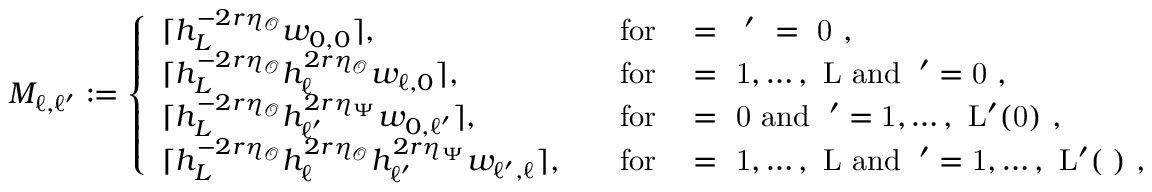
M _ { \ell , \ell ^ { \prime } } : = \left\{ \begin{array} { l l } { \lceil h _ { L } ^ { - 2 r \eta _ { \mathcal { O } } } w _ { 0 , 0 } \rceil , \quad \quad } & { \mathrm { f o r ~ \ell ~ = ~ \ell ' ~ = ~ 0 ~ , } } \\ { \lceil h _ { L } ^ { - 2 r \eta _ { \mathcal { O } } } h _ { \ell } ^ { 2 r \eta _ { \mathcal { O } } } w _ { \ell , 0 } \rceil , \quad } & { \mathrm { f o r ~ \ell ~ = ~ 1 , \dots , ~ L ~ a n d ~ \ell ' = 0 ~ , } } \\ { \lceil h _ { L } ^ { - 2 r \eta _ { \mathcal { O } } } h _ { \ell ^ { \prime } } ^ { 2 r \eta _ { \Psi } } w _ { 0 , \ell ^ { \prime } } \rceil , \quad } & { \mathrm { f o r ~ \ell ~ = ~ 0 ~ a n d ~ \ell ' = 1 , \dots , ~ L ' ( 0 ) ~ , } } \\ { \lceil h _ { L } ^ { - 2 r \eta _ { \mathcal { O } } } h _ { \ell } ^ { 2 r \eta _ { \mathcal { O } } } h _ { \ell ^ { \prime } } ^ { 2 r \eta _ { \Psi } } w _ { \ell ^ { \prime } , \ell } \rceil , \quad } & { \mathrm { f o r ~ \ell ~ = ~ 1 , \dots , ~ L ~ a n d ~ \ell ' = 1 , \dots , ~ L ' ( \ell ) ~ , } } \end{array} \right.